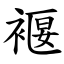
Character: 褗